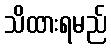
သိထားရမည်